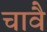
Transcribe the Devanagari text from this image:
चावै